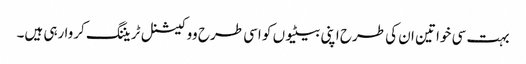
بہت سی خواتین ان کی طرح اپنی بیٹیوں کو اسی طرح ووکیشنل ٹریننگ کروا رہی ہیں۔